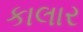
કાલાર